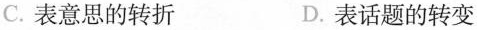
C.表意思的转折 D.表话题的转变